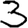
Digit: 3